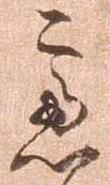
慮